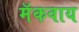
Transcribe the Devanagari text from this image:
मॅकवाय